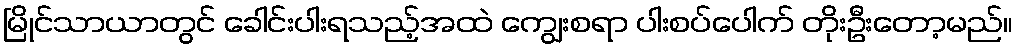
မြိုင်သာယာတွင် ခေါင်းပါးရသည့်အထဲ ကျွေးစရာ ပါးစပ်ပေါက် တိုးဦးတော့မည်။